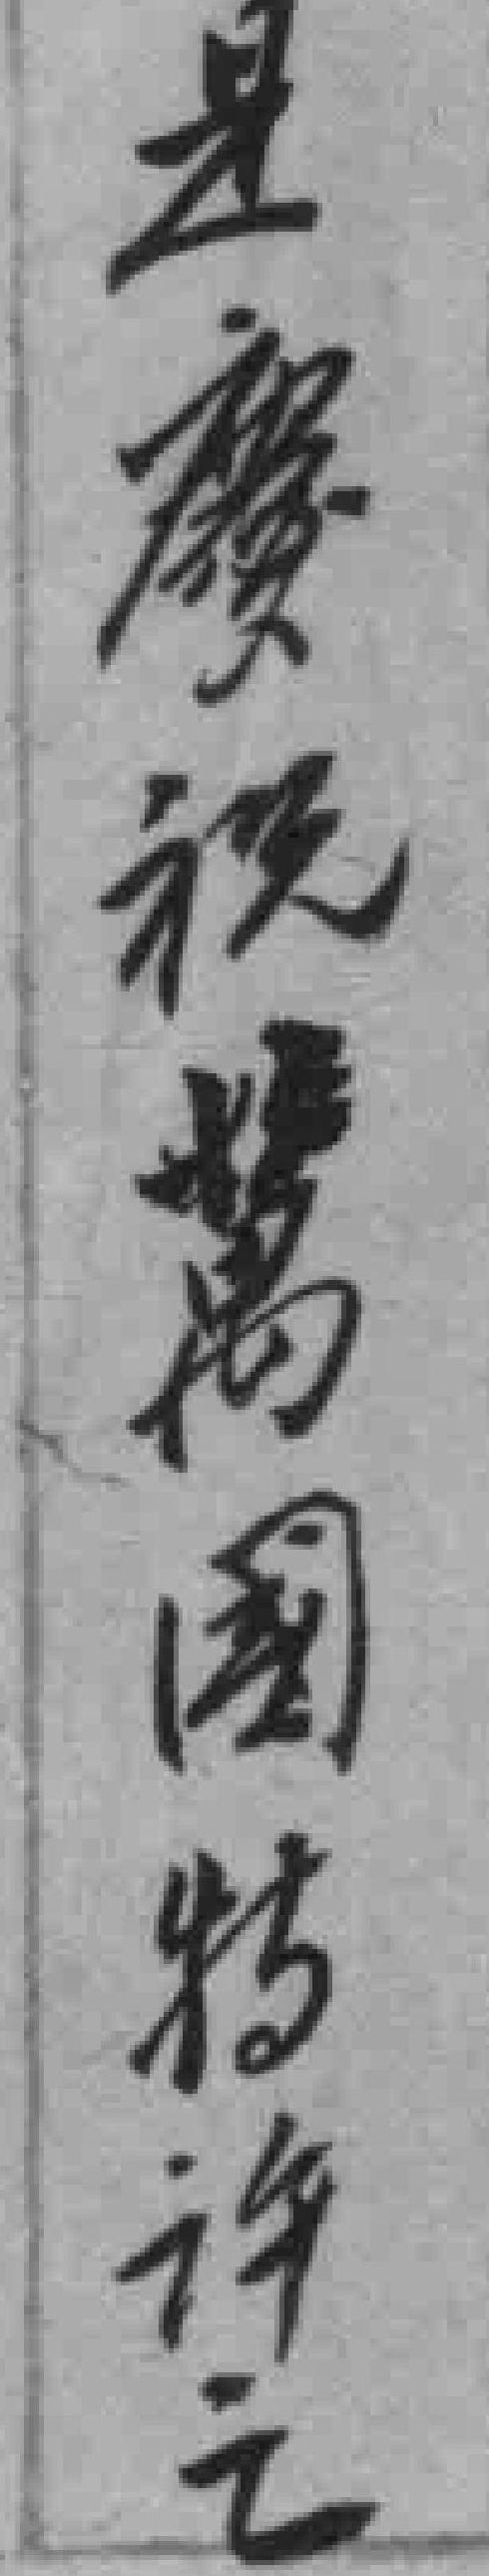
是慶祝萬國特许之